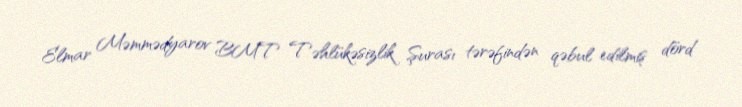
Elmar Məmmədyarov BMT Təhlükəsizlik Şurası tərəfindən qəbul edilmiş dörd